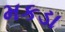
મકડા